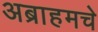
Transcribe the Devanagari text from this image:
अब्राहमचे